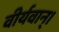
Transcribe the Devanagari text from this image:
वीर्यवान्।